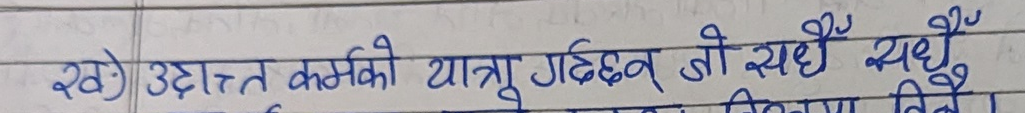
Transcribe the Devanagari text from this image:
ख) उदात्त कर्मको यात्रु गरिछन् जी सधैँ यधैँ